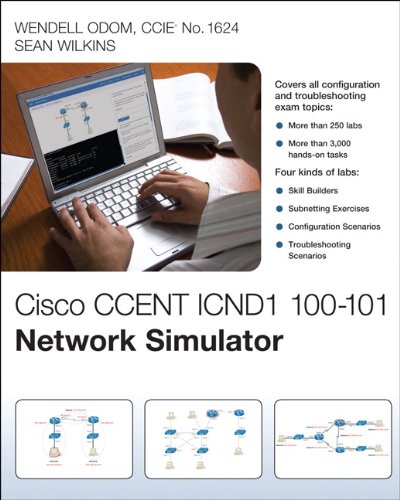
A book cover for CCENT ICND1 100-101 Network Simulator; Wendell Odom; Computers & Technology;